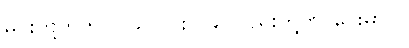
မင်းတို့ဟိုဟာ ၁၉ လား ၁၉ လည်းတို့တင်ပေးမှာပဲ။